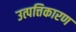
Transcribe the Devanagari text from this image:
उत्पत्तिकारण